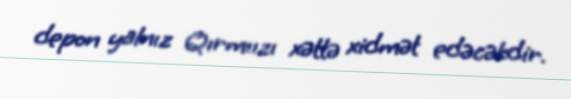
depon yalnız Qırmıızı xəttə xidmət edəcəkdir.